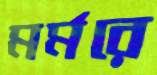
মর্মরে